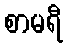
စာမရီ